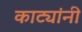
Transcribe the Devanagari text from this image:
काट्यांनी